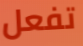
تفعل